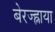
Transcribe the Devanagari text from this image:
बेरज्ह्नाया